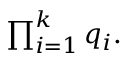
\textstyle \prod _ { i = 1 } ^ { k } q _ { i } .